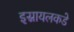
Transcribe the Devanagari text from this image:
इस्रायलकडे